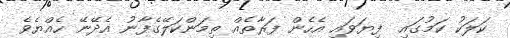
ކަލަކު ކަމުގައި  ފިޔަވައި އެހެން ފަރާތެއް ތިމަންކަލޭގެފާނު އެދޭނޭ ހެއްޔެވެ